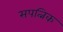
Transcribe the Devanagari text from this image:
सपत्निक